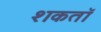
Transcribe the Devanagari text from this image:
शकतॉ